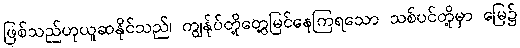
ဖြစ်သည်ဟုယူဆနိုင်သည်၊ ကျွန်ုပ်တို့တွေ့မြင်နေကြရသော သစ်ပင်တို့မှာ မြေ၌